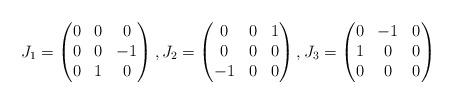
LaTeX: \begin{align*} J_1 = \begin{pmatrix} 0 &0 &0 \\ 0 &0 &-1 \\ 0 &1 &0 \end{pmatrix}, J_2 = \begin{pmatrix} 0 &0 &1 \\ 0 &0 &0 \\ -1 &0 &0 \end{pmatrix}, J_3 = \begin{pmatrix} 0 &-1 &0 \\ 1 &0 &0 \\ 0 &0 &0 \end{pmatrix}\end{align*}